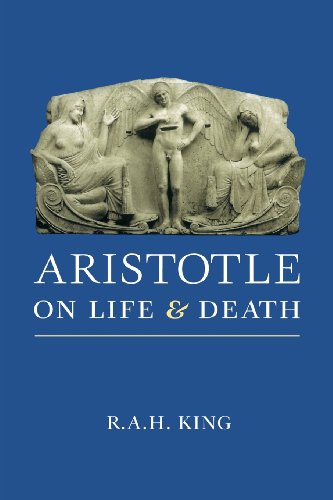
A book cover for Aristotle on Life and Death; R.A.H. King; Literature & Fiction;